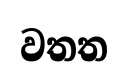
වතත